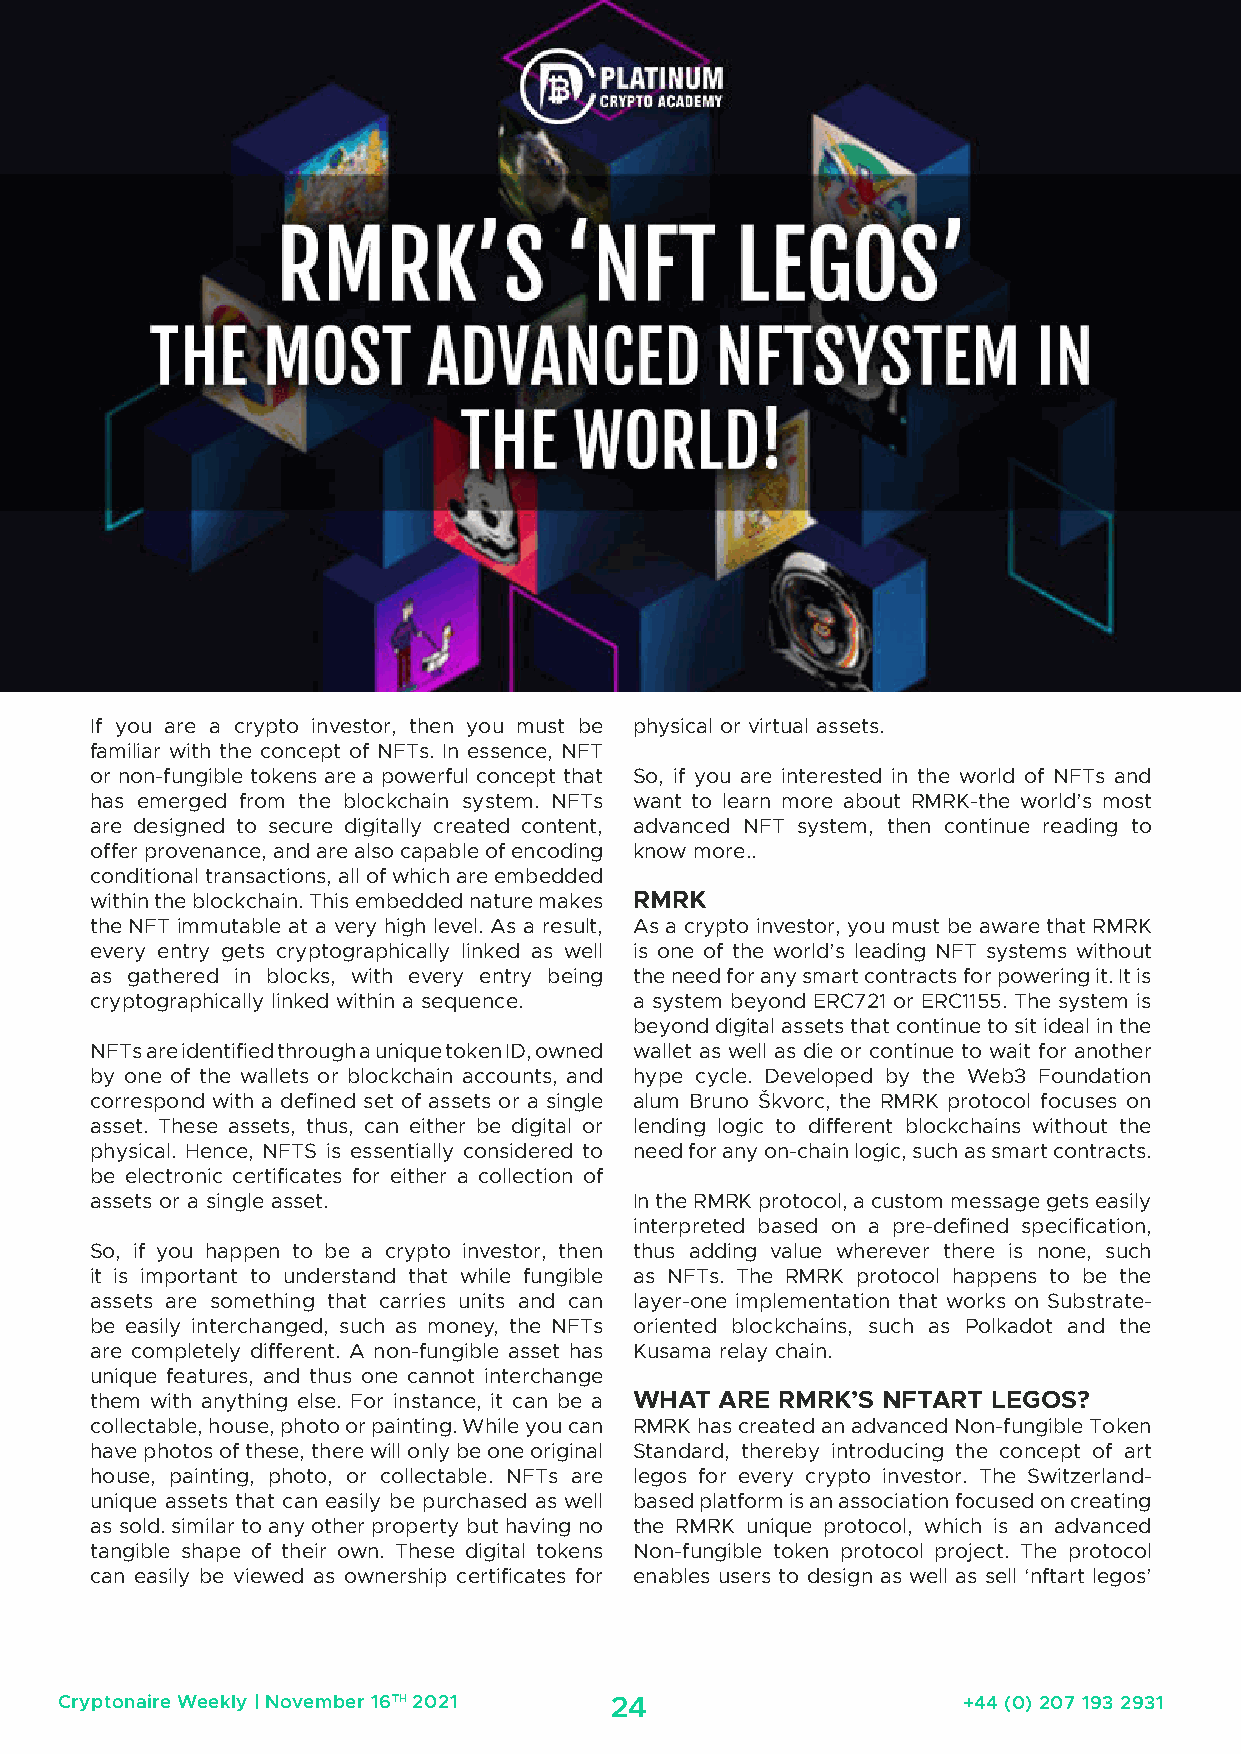
If you are a crypto investor, then you must be physical or virtual assets.
 familiar with the concept of NFTs. In essence, NFT
 or non-fungible tokens are a powerful concept that So, if you are interested in the world of NFTs and
 has emerged from the blockchain system. NFTs want to learn more about RMRK-the world’s most
 are designed to secure digitally created content, advanced NFT system, then continue reading to
 offer provenance, and are also capable of encoding know more..
 conditional transactions, all of which are embedded
 within the blockchain. This embedded nature makes RMRK
 the NFT immutable at a very high level. As a result, As a crypto investor, you must be aware that RMRK
 every entry gets cryptographically linked as well is one of the world’s leading NFT systems without
 as gathered in blocks, with every entry being the need for any smart contracts for powering it. It is
 cryptographically linked within a sequence. a system beyond ERC721 or ERC1155. The system is
 beyond digital assets that continue to sit ideal in the
 NFTs are identified through a unique token ID, owned wallet as well as die or continue to wait for another
 by one of the wallets or blockchain accounts, and hype cycle. Developed by the Web3 Foundation
 correspond with a defined set of assets or a single alum Bruno Škvorc, the RMRK protocol focuses on
 asset. These assets, thus, can either be digital or lending logic to different blockchains without the
 physical. Hence, NFTS is essentially considered to need for any on-chain logic, such as smart contracts.
 be electronic certificates for either a collection of
 assets or a single asset.           In the RMRK protocol, a custom message gets easily
 interpreted based on a pre-defined specification,
 So, if you happen to be a crypto investor, then thus adding value wherever there is none, such
 it is important to understand that while fungible as NFTs. The RMRK protocol happens to be the
 assets are something that carries units and can layer-one implementation that works on Substrate-
 be easily interchanged, such as money, the NFTs oriented blockchains, such as Polkadot and the
 are completely different. A non-fungible asset has Kusama relay chain.
 unique features, and thus one cannot interchange
 them with anything else. For instance, it can be a WHAT ARE RMRK’S NFTART LEGOS?
 collectable, house, photo or painting. While you can RMRK has created an advanced Non-fungible Token
 have photos of these, there will only be one original Standard, thereby introducing the concept of art
 house, painting, photo, or collectable. NFTs are legos for every crypto investor. The Switzerland-
 unique assets that can easily be purchased as well based platform is an association focused on creating
 as sold. similar to any other property but having no the RMRK unique protocol, which is an advanced
 tangible shape of their own. These digital tokens Non-fungible token protocol project. The protocol
 can easily be viewed as ownership certificates for enables users to design as well as sell ‘nftart legos’
 Cryptonaire Weekly | November 16TH 2021 24                  +44 (0) 207 193 2931